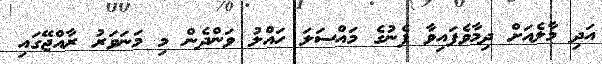
އަދި މާލެއަށް ދިމާވެފައިވާ ފެނުގެ މައްސަލަ ހައްލު ވަންދެން މި މަނަވަރު ރާއްޖޭގައި